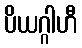
ပိယဂ္ဂါဟီ